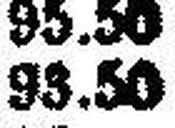
93.50